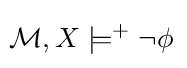
\!{\mathcal {M}},X\models ^{+}\lnot \phi